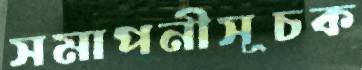
সমাপনীসূচক